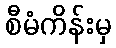
စီမံကိန်းမှ